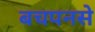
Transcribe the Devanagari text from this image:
बचपनसे